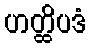
ဟတ္ထိပဒံ